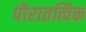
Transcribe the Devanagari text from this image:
पौरातत्विक